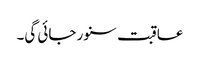
عاقبت سنور جائی گی۔